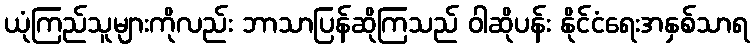
ယုံကြည်သူများကိုလည်း ဘာသာပြန်ဆိုကြသည် ဝါဆိုပန်း နိုင်ငံရေးအနှစ်သာရ